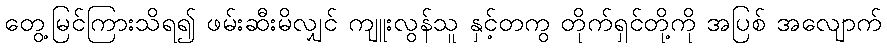
တွေ့မြင်ကြားသိရ၍ ဖမ်းဆီးမိလျှင် ကျူးလွန်သူ နှင့်တကွ တိုက်ရှင်တို့ကို အပြစ် အလျောက်